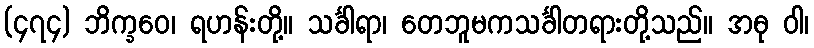
(၄၇၄) ဘိက္ခဝေ၊ ရဟန်းတို့။ သင်္ခါရာ၊ တေဘူမကသင်္ခါတရားတို့သည်။ အဓု ဝါ၊